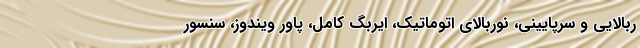
ربالایی و سرپایینی، نوربالای اتوماتیک، ایربگ کامل، پاور ویندوز، سنسور